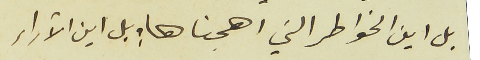
بل اين الخواطر التي اهجناها ؛ بل اين الآراء